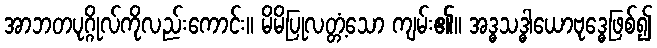
အာဘတပုဂ္ဂိုလ်ကိုလည်းကောင်း။ မိမိပြုလတ္တံ့သော ကျမ်း၏။ အဒ္ဓသဒ္ဓါယောဗုဒ္ဓေဖြစ်၍